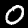
Digit: 0